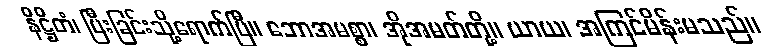
နိဋ္ဌိတံ၊ ပြီးခြင်းသို့ရောက်ပြီ။ ဘောအမစ္စာ၊ အိုအမတ်တို့။ ယာယ၊ အကြင်မိန်းမသည်။